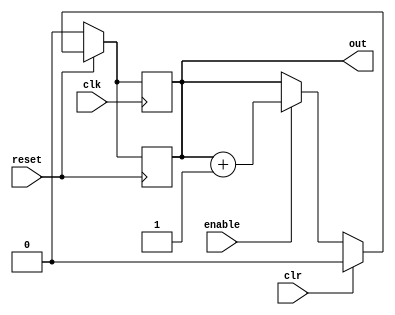
module clk_up_counter(out, enable, clk, clr, reset);
  reg _0_;
  wire [31:0] _1_;
  wire _2_;
  input clk;
  input clr;
  input enable;
  output out;
  reg out;
  input reset;
  assign _1_ = out + 32'd1;
  assign _2_ = reset == 32'd0;
  always @* begin
    _0_ = out;
    casez (_2_)
      1'b1:
          _0_ = 1'b0;
      default:
          casez (clr)
            1'b1:
                _0_ = 1'b0;
            default:
                casez (enable)
                  1'b1:
                      _0_ = _1_[0];
                  default:
                      /* empty */;
                endcase
          endcase
    endcase
  end
  always @(posedge clk) begin
      out <= _0_;
  end
  always @(negedge reset) begin
      out <= _0_;
  end
endmodule